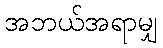
အဘယ်အရာမျှ